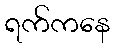
ရက်ကနေ